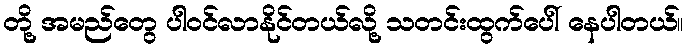
တို့ အမည်တွေ ပါဝင်လာနိုင်တယ်လို့ သတင်းထွက်ပေါ် နေပါတယ်။